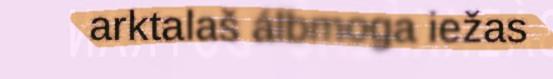
arktalaš álbmoga iežas